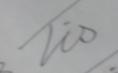
Signature authenticity: genuine